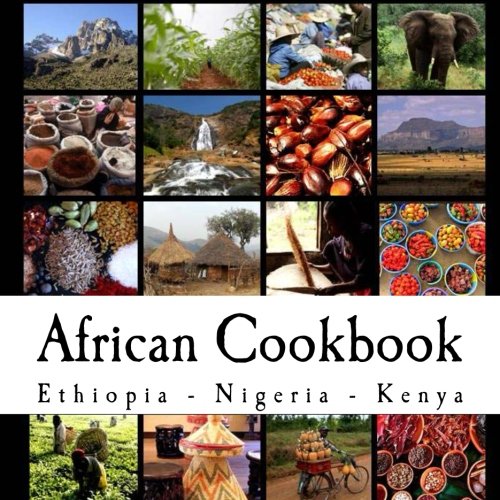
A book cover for African Cookbook: Recipes from Ethiopia, Nigeria and Kenya; Rachel Pambrun; Cookbooks, Food & Wine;